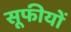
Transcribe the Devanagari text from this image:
सूफीयों